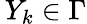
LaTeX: \, Y_{k}\in\Gamma